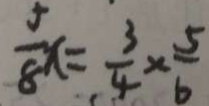
\frac { 5 } { 8 } x = \frac { 3 } { 4 } \times \frac { 5 } { 6 }